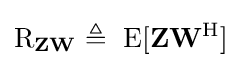
\operatorname {R} _{\mathbf {Z} \mathbf {W} }\triangleq \ \operatorname {E} [\mathbf {Z} \mathbf {W} ^{\rm {H}}]